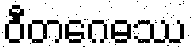
ဝီတဂေဓဿ